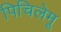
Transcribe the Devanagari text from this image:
पिचिलेमू